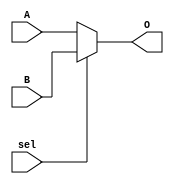
`timescale 1ns / 1ps

module mux2_1(
    input   [3:0] A,
    input   [3:0] B,
    input   sel,
    output  [3:0] O
    );
    
    
    assign O = (~sel)? A : B;
    
endmodule